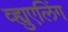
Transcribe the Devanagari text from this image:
व्ह्युएलिंग